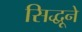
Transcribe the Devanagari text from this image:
सिद्धूने